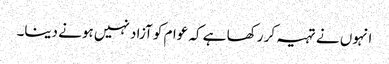
انہوں نے تہیہ کر رکھا ہے کہ عوام کو آزاد نہیں ہونے دینا۔